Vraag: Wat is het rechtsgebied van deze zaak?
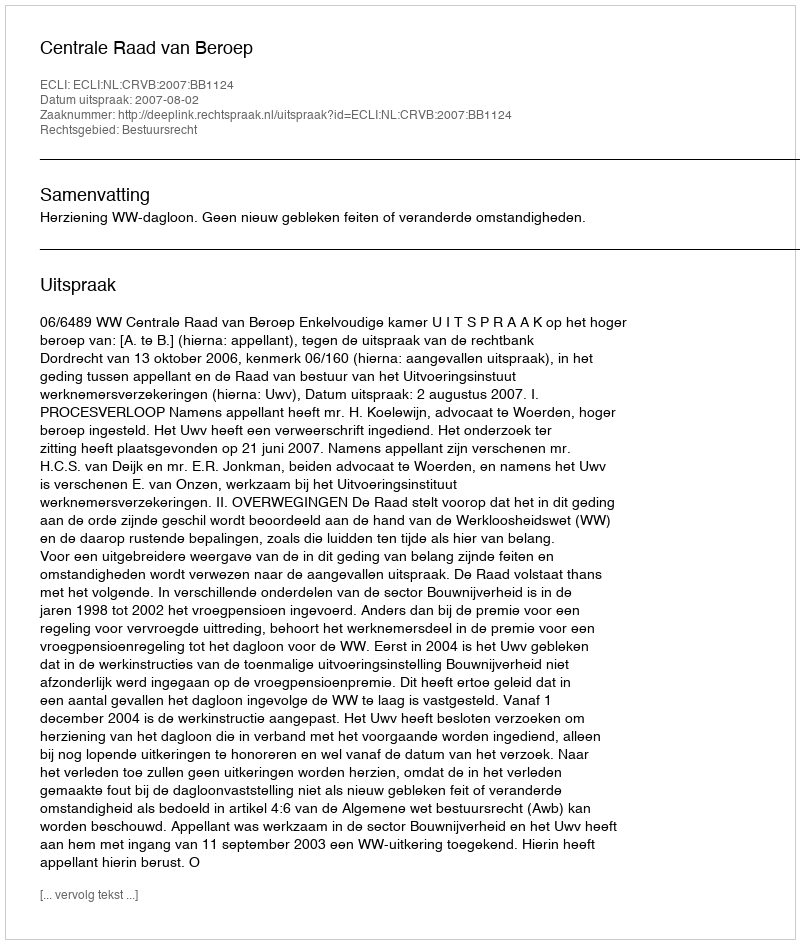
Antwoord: Bestuursrecht